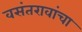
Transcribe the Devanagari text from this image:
वसंतरावांचा